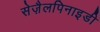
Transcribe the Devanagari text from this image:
सेज़ैलपिनाइडी